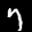
Label: 7